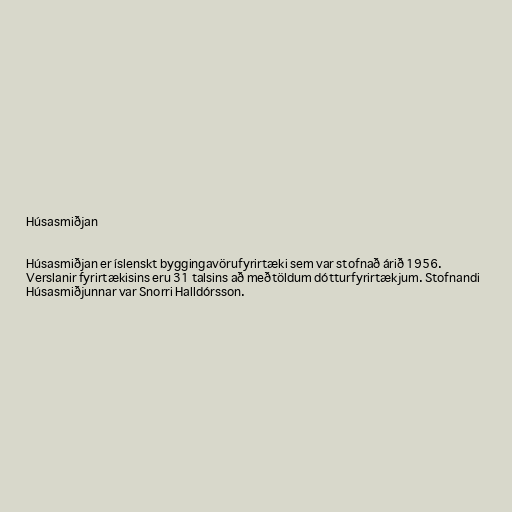
Húsasmiðjan

Húsasmiðjan er íslenskt byggingavörufyrirtæki sem var stofnað árið 1956.
Verslanir fyrirtækisins eru 31 talsins að meðtöldum dótturfyrirtækjum. Stofnandi
Húsasmiðjunnar var Snorri Halldórsson.